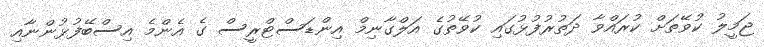
ޖަމީލު ކުވޭތަށް ކުރައްވާ ދަތުރުފުޅުގައި ކުވޭތުގެ އަލްގާނިމް އިންޑަސްޓްރީސް ގެ އެންމެ އިސްބޭފުޅުންނާއި